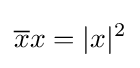
{\overline {x}}{x}=|x|^{2}